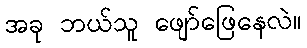
အခု ဘယ်သူ ဖျော်ဖြေနေလဲ။